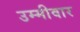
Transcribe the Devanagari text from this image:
उम्मीवार